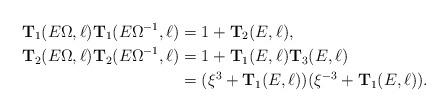
LaTeX: \begin{align*}{\mathbf T}_1(E \Omega,\ell) {\mathbf T}_1(E\Omega^{-1},\ell) &=1+ {\mathbf T}_2(E,\ell), \\{\mathbf T}_2(E \Omega,\ell) {\mathbf T}_2(E\Omega^{-1},\ell) &=1+ {\mathbf T}_1(E,\ell) {\mathbf T}_3(E,\ell) \\&=(\xi^3 +{\mathbf T}_1(E,\ell))(\xi^{-3} +{\mathbf T}_1(E,\ell)).\end{align*}